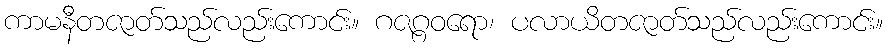
ကာမနီတဇာတ်သည်လည်းကောင်း။ ဂဇဂ္ဂဝရော၊ ပလာယိတဇာတ်သည်လည်းကောင်း။